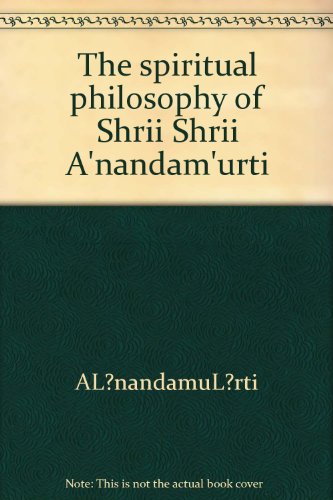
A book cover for The spiritual philosophy of Shrii Shrii A'nandam'urti: A commentary on A'nanda Su'tram; AÃEÂEnandamuÃEÂErti; Religion & Spirituality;